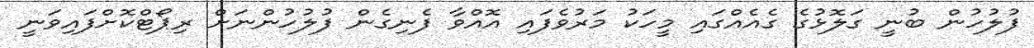
ފުލުހުން ބުނީ ގަލޮޅުގެ ގެއެއްގައި މީހަކު މަރުވެފައި އޮއްވާ ފެނިގެން ފުލުހުންނަށް ރިޕޯޓްކޮށްފައިވަނީ